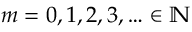
m = 0 , 1 , 2 , 3 , \hdots \in \mathbb { N }